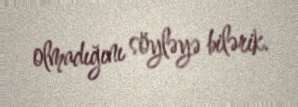
olmadığını söyləyə bilərik.